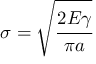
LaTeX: \sigma = { \sqrt { \cfrac { 2 E \gamma } { \pi a } } }